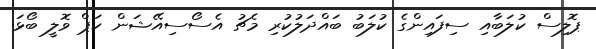
ޕޮލިސް ކުލަބާއި ސިފައިންގެ ކުލަބު ބައްދަލުކުރި މެޗު އެސޯސިއޭޝަން ކަޕް ވޮލީ ބޯޅަ